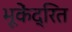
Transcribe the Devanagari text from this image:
भूकेंद्रित